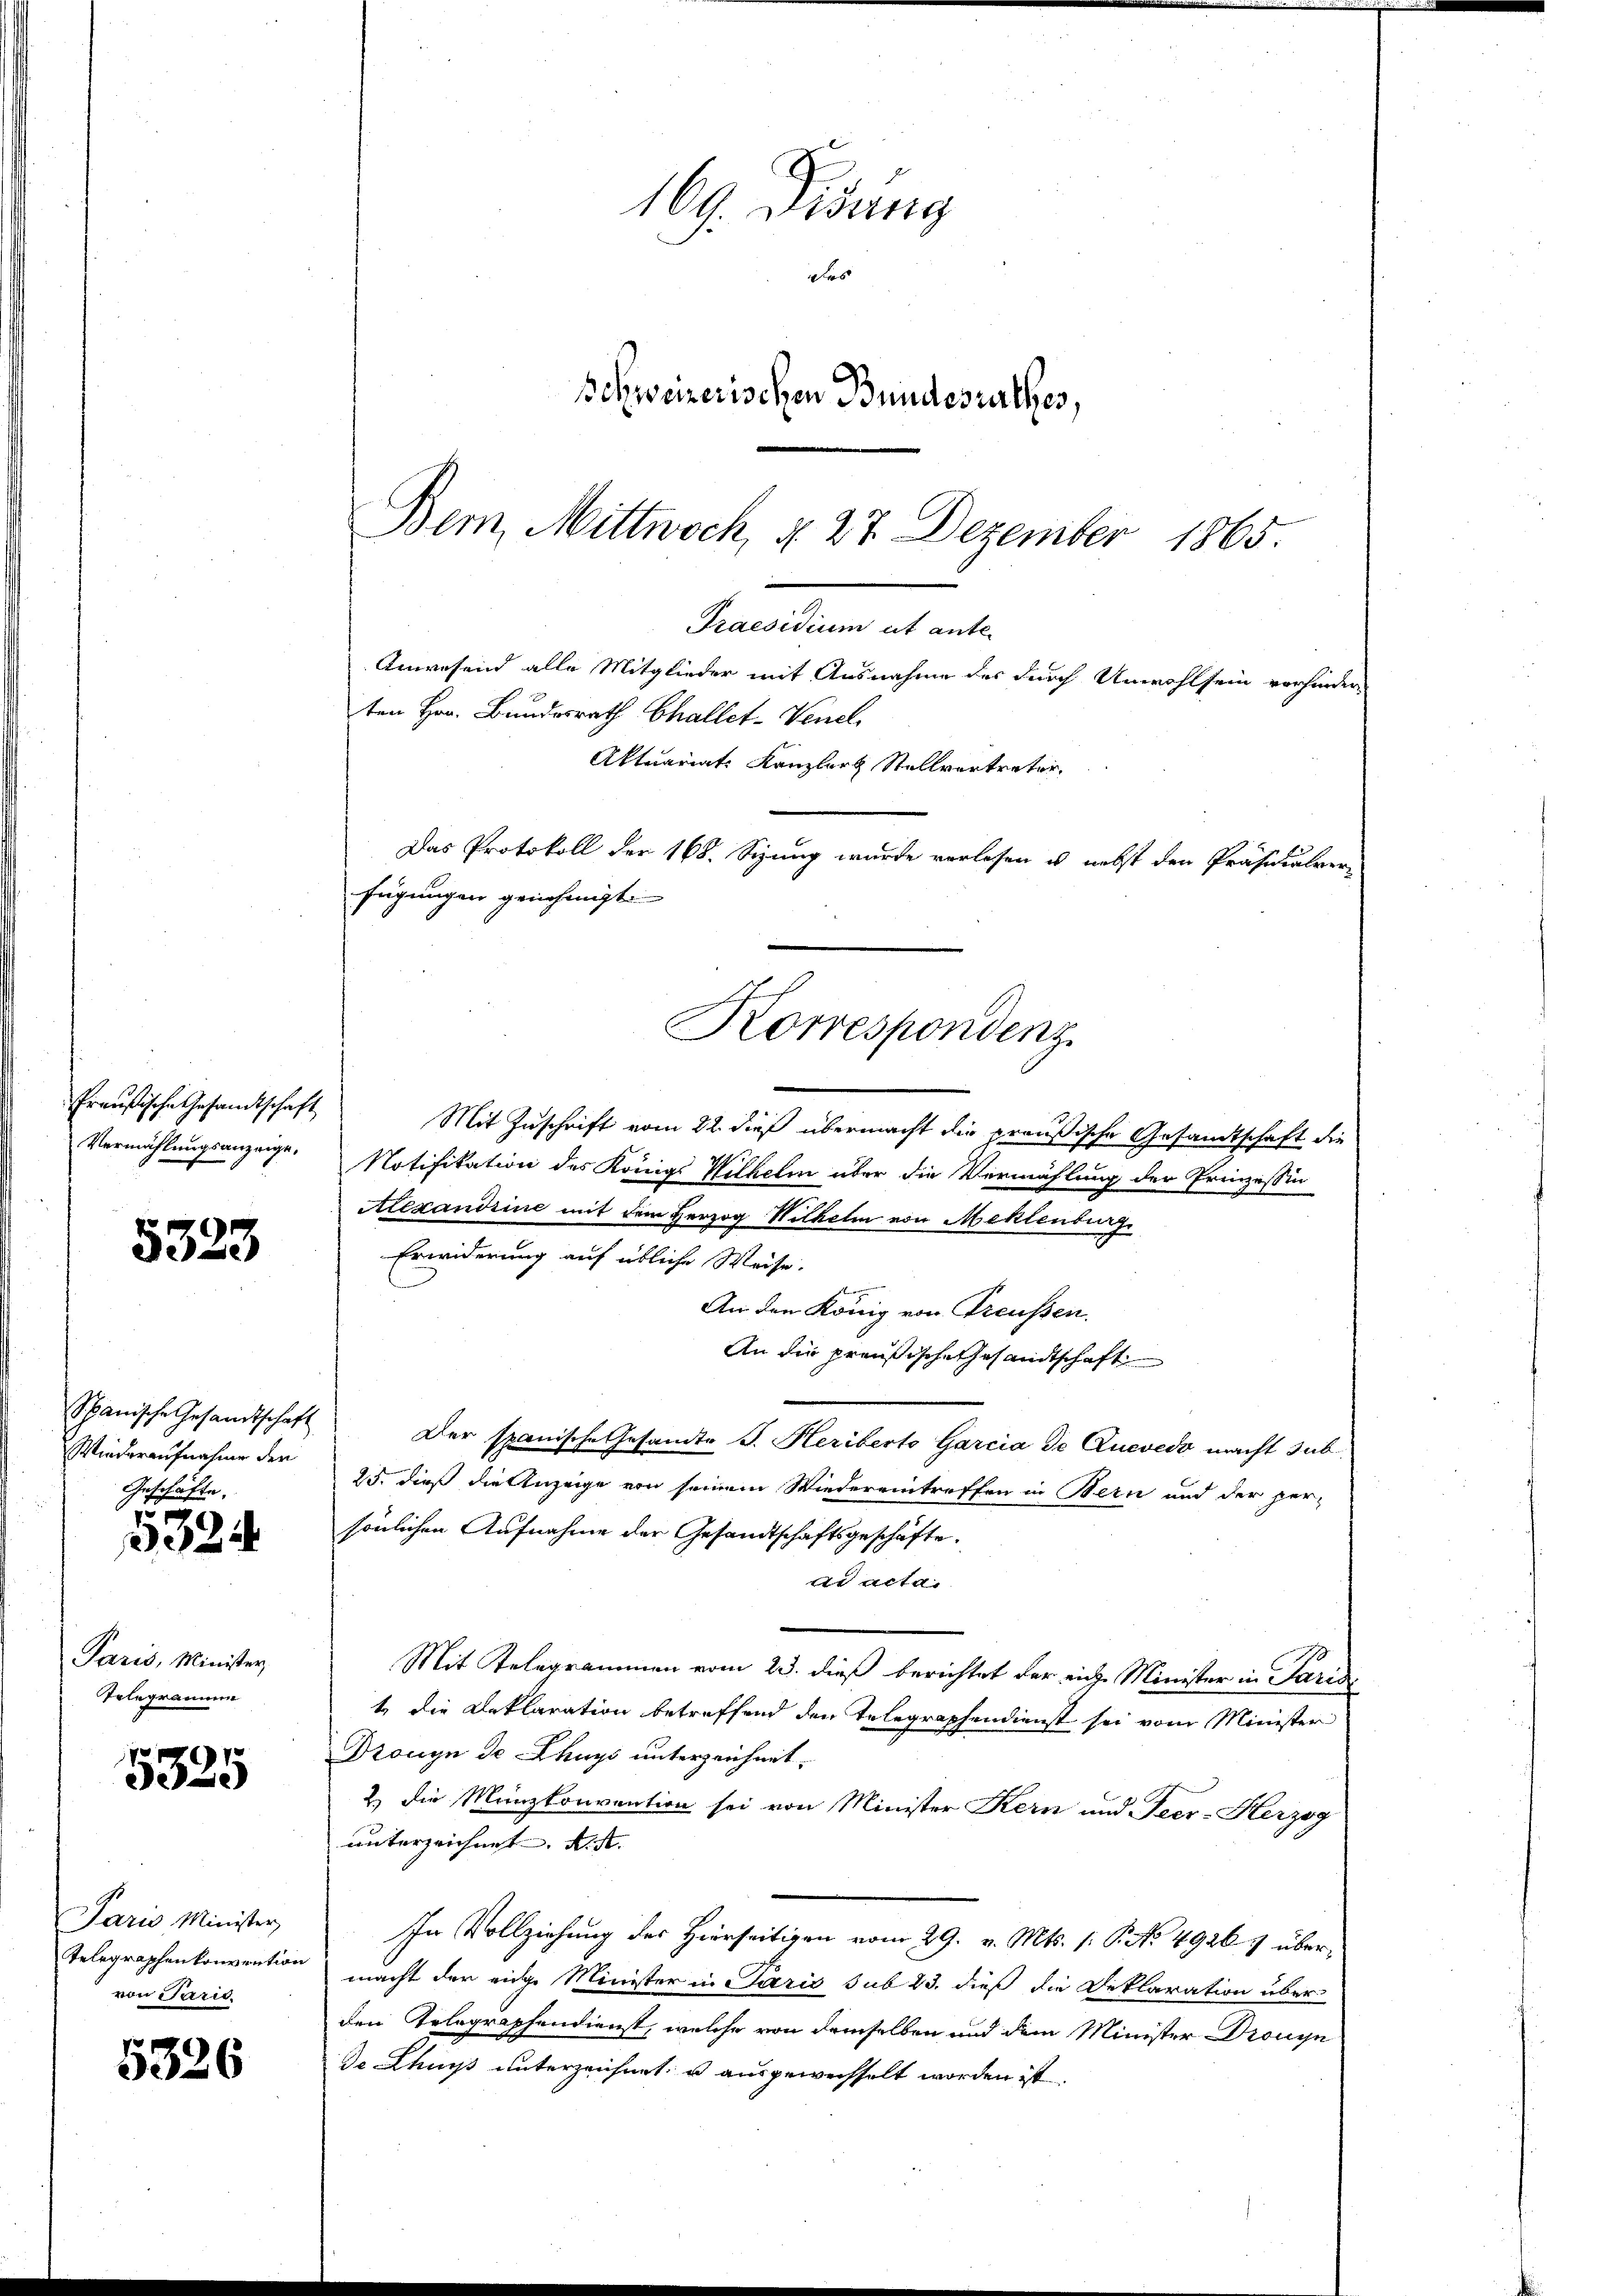
Preußische Gesandtschaft
Vermählungsanzeige,

5323

Spanische Gesandtschaft
Wiederaufnahme den
Geschäfte.

5335

Paris, Minister
Telegramme

5325

Paris Minister,
Telegraphenkonvention
von Paris.

5326

169. Didung
ds
Schweizerischen Bundesurthes,

Bem, Mittwoch, d. 27. Dezember 1865.
Praesidium ut ante-
Anwesend alle Mitglieder mit Ausnahme des durch Unwohlsein vorhinder
ten Hrn. Bundesrath Challet-Venel
Aktuariat Kanzler Stellvertreter,
Das Protokoll der 168. Sizung wurde vorlesen u. nebst den Präsidialverfügungen genehmigte
Korrespondenz

Mit Zuschrift vom 22. dieß übermacht die preußische Gesandtschaft die
Notifikation des Königs Wilhelm über die Vermählung der Prinzessin
Alexandrine mit dem Herzog Wilhelm von Meklenburg
Erwiderung auf übliche Weise.
An den König von Preußen.
An die preußische Gesandtschaft
Der spanische Gesamte J. Heriberto Garcia de Quevedo macht sub
25. dieß die Anzeige von seinem Wiedereintreffen in Bern und der per-
sönlichen Aufnahme der Gesandtschaftsgeschäfte.
ad acta.
Mit Telegrammen vom 23. dieß berichtet der eiche Minister in Paris
1 die Deklaration betreffend den Telegraphendienst sei vom Minister
Dronyn de Chuys unterzeichnet.
2.) Die Münzkonvention sei von Minister Kern und Teer-Herzog
unterzeichnet. Art.
In Vollziehung des Hierseitigen vom 29. v. Mts. (: P. No 4926. übermacht der eige Minister in Paris sub 23. dieß die Deklaration über
den Telegraphendienst, welche von demselben und dem Minister Dronyn
De Chur unterzeichnet, u ausgewechselt worden ist.